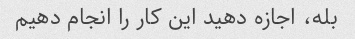
بله، اجازه دهید این کار را انجام دهیم